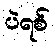
ပဲရစ်